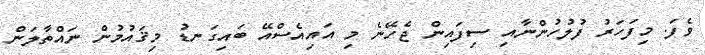
ވެފަ. މިފަހަަރު ފުލުހުންނާއި ސިފައިން ޖެހޭނެ މި އައިއެސްއޭ ބައިގަނޑު މިޤައުމުން ނައްތާލަން